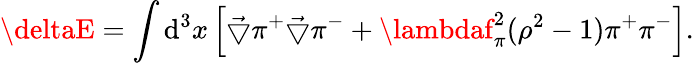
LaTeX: \deltaE=\int\mathrm{d}^{3}x\left[\vec{{\bigtriangledown}}\pi^{+}\vec{{\bigtriangledown}}\pi^{-}+\lambdaf_{\pi}^{2}(\rho^{2}-1)\pi^{+}\pi^{-}\right].